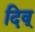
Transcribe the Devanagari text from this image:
दिव्‌